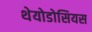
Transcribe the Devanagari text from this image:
थेयोडोसियस